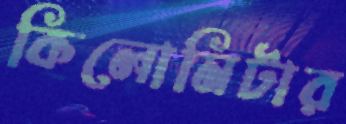
কিলোমিটার